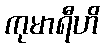
ကုမာရီဟိ